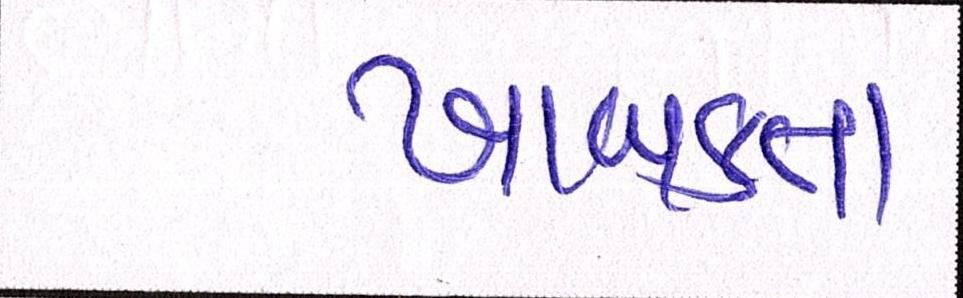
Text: ખાબકતા